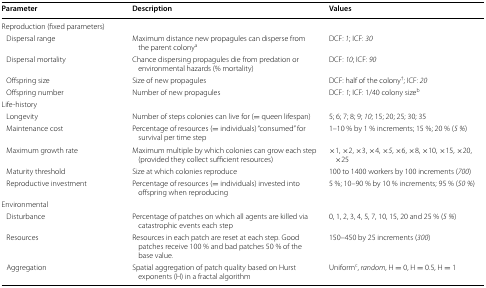
<table><thead><tr><td><b>Parameter</b></td><td><b>Description</b></td><td><b>Values</b></td></tr></thead><tbody><tr><td colspan="3">Reproduction (fixed parameters)</td></tr><tr><td> Dispersal range</td><td>Maximum distance new propagules can disperse from the parent colony<sup>a</sup></td><td>DCF: <i>1</i>; ICF: <i>30</i></td></tr><tr><td> Dispersal mortality</td><td>Chance dispersing propagules die from predation or environmental hazards (% mortality)</td><td>DCF: <i>10</i>; ICF: <i>90</i></td></tr><tr><td> Offspring size</td><td>Size of new propagules</td><td>DCF: half of the colony<sup>†</sup>; ICF: <i>20</i></td></tr><tr><td> Offspring number</td><td>Number of new propagules</td><td>DCF: <i>1</i>; ICF: 1/40 colony size<sup>b</sup></td></tr><tr><td colspan="3">Life-history</td></tr><tr><td> Longevity</td><td>Number of steps colonies can live for (= queen lifespan)</td><td>5; 6; 7; 8; 9; <i>10</i>; 15; 20; 25; 30; 35</td></tr><tr><td> Maintenance cost</td><td>Percentage of resources (= individuals) “consumed” for survival per time step</td><td>1–10 % by 1 % increments; 15 %; 20 % (<i>5</i> <i>%</i>)</td></tr><tr><td> Maximum growth rate</td><td>Maximum multiple by which colonies can grow each step (provided they collect sufficient resources)</td><td>×1, ×2, ×3, ×4, ×<i>5</i>, ×6, ×8, ×10, ×15, ×20, ×25</td></tr><tr><td> Maturity threshold</td><td>Size at which colonies reproduce</td><td>100 to 1400 workers by 100 increments (<i>700</i>)</td></tr><tr><td> Reproductive investment</td><td>Percentage of resources (= individuals) invested into offspring when reproducing</td><td>5 %; 10–90 % by 10 % increments; 95 % (<i>50</i> <i>%</i>)</td></tr><tr><td colspan="3">Environmental</td></tr><tr><td> Disturbance</td><td>Percentage of patches on which all agents are killed via catastrophic events each step</td><td>0, 1, 2, 3, 4, 5, 7, 10, 15, 20 and 25 % (<i>5</i> <i>%</i>)</td></tr><tr><td> Resources</td><td>Resources in each patch are reset at each step. Good patches receive 100 % and bad patches 50 % of the base value.</td><td>150–450 by 25 increments (<i>300</i>)</td></tr><tr><td> Aggregation</td><td>Spatial aggregation of patch quality based on Hurst exponents (H) in a fractal algorithm</td><td>Uniform<sup>c</sup>, <i>random</i>, H = 0, H = 0.5, H = 1</td></tr></tbody></table>